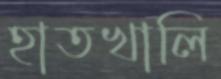
হাতখালি